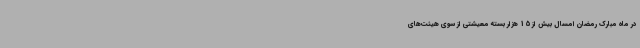
در ماه مبارک رمضان امسال بیش از 15 هزار بسته معیشتی از سوی هیئت‌های